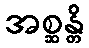
အစ္ဆန္တိ